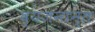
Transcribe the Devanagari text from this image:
व्यजनान्त